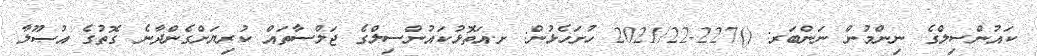
ކައުންސިލްގެ ނިންމުން ނަންބަރ: ()227-2021/22 ހުށަހެޅުން: ށ.އަތޮޅުކައުންސިލްގެ ޖަލްސާތައް ކުރިޔަށްގެންދާނެ ގޮތުގެ އުޞޫލާ